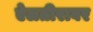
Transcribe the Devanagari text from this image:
ऐलतीरावर